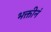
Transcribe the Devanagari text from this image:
भक्तीनं